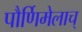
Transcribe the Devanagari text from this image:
पौर्णिमेलाच्